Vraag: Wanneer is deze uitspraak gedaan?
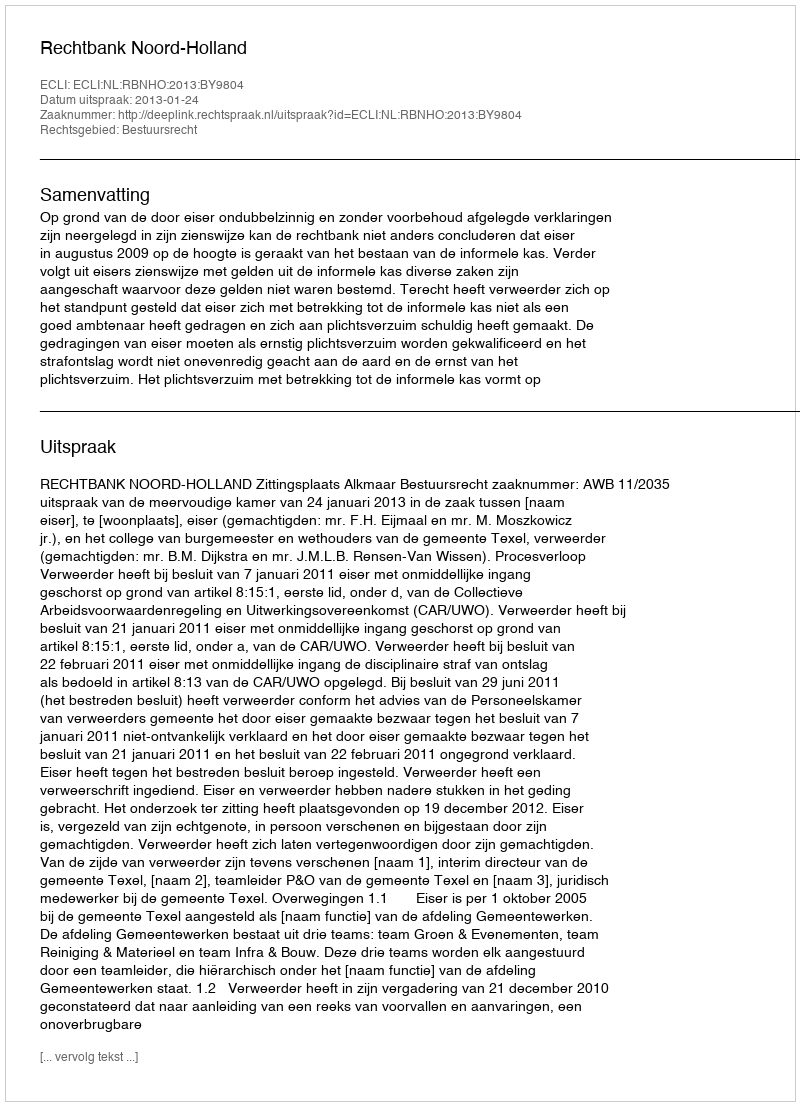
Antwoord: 2013-01-24